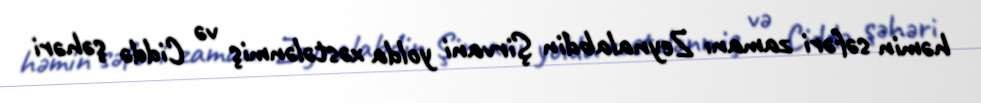
həmin səfəri zamanı Zeynalabdin Şirvani yolda xəstələnmiş və Ciddə şəhəri